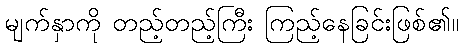
မျက်နှာကို တည့်တည့်ကြီး ကြည့်နေခြင်းဖြစ်၏။